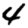
Digit: 4